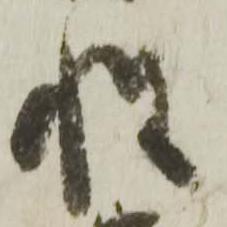
性